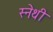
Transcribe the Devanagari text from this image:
स्नेथी